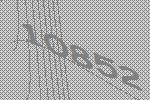
10852